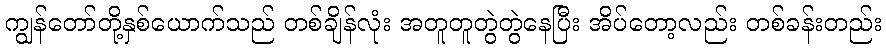
ကျွန်တော်တို့နှစ်ယောက်သည် တစ်ချိန်လုံး အတူတူတွဲတွဲနေပြီး အိပ်တော့လည်း တစ်ခန်းတည်း